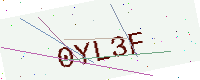
Text: 0YL3F